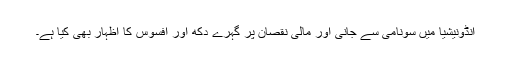
انڈونیشیا میں سونامی سے جانی اور مالی نقصان پر گہرے دکھ اور افسوس کا اظہار بھی کیا ہے۔